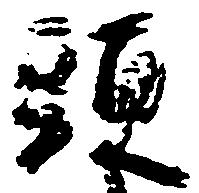
頭